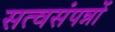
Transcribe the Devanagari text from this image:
सत्वसंपन्नों